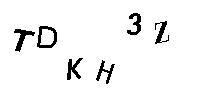
TDKH3Z